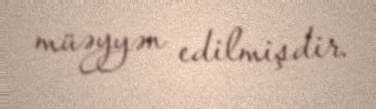
müəyyən edilmişdir.